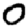
Digit: 0